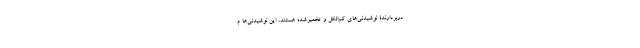
دربردارندۀ نوشیدنی‌های کم‌الکل و تخمیرشده هستند، این نوشیدنی‌ها م